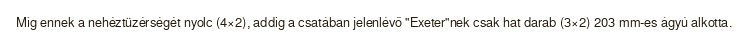
Míg ennek a nehéztüzérségét nyolc (4×2), addig a csatában jelenlévő "Exeter"nek csak hat darab (3×2) 203 mm-es ágyú alkotta.